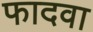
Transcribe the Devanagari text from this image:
फादवा